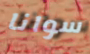
سوانا